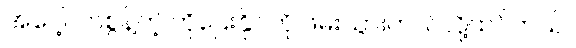
အပေါ့လာစွန့်တဲ့ ကိုဌေးနိုင်ကို ဖမ်းသွားတယ်လို့ထင်တယ်။